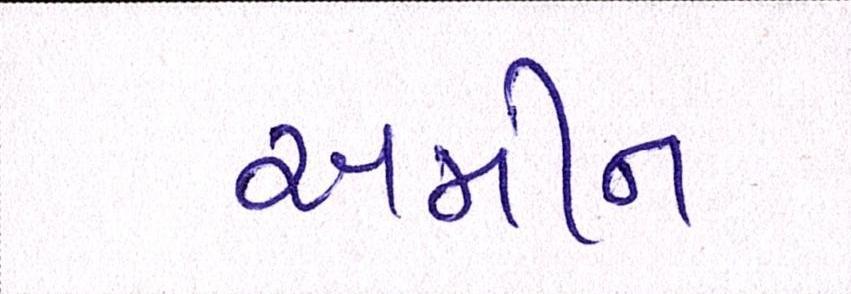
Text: અમીન